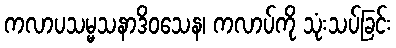
ကလာပသမ္မသနာဒိဝသေန၊ ကလာပ်ကို သုံးသပ်ခြင်း